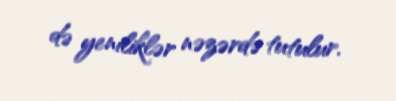
də yeniliklər nəzərdə tutulur.